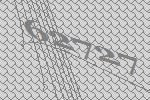
62727